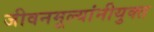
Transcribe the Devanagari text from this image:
जीवनमूल्यांनीयुक्त